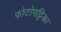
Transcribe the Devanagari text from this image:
फोटोपट्टिका